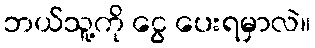
ဘယ်သူ့ကို ငွေ ပေးရမှာလဲ။